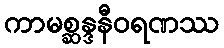
ကာမစ္ဆန္ဒနီဝရဏဿ